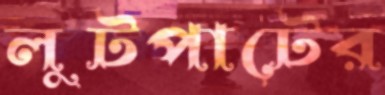
লুটপাটের